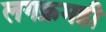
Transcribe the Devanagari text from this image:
लगक्रमही